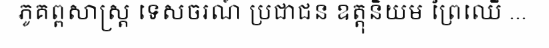
ភូគព្ពសាស្ត្រ ទេសចរណ៍ ប្រជាជន ឧត្តុនិយម ព្រៃឈើ ...